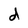
Character: d